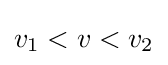
v_{1}<v<v_{2}